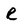
Character: R